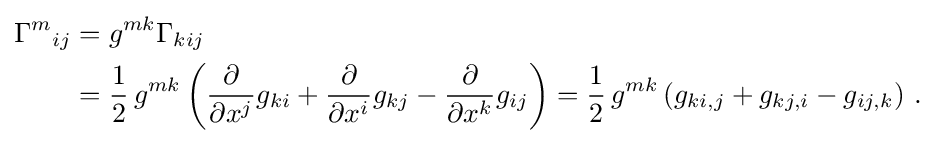
{\begin{aligned}\Gamma ^{m}{}_{ij}&=g^{mk}\Gamma _{kij}\\&={\frac {1}{2}}\,g^{mk}\left({\frac {\partial }{\partial x^{j}}}g_{ki}+{\frac {\partial }{\partial x^{i}}}g_{kj}-{\frac {\partial }{\partial x^{k}}}g_{ij}\right)={\frac {1}{2}}\,g^{mk}\left(g_{ki,j}+g_{kj,i}-g_{ij,k}\right)\,.\end{aligned}}